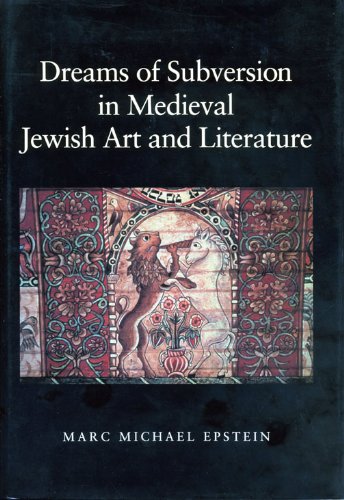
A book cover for Dreams of Subversion in Medieval Jewish Art and Literature; Marc Michael Epstein; Arts & Photography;